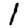
Digit: 1